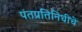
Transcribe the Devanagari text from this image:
पंतप्रतिनिधींचे